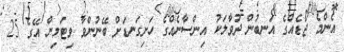
އެންމެ ޖޯޑެއްގެ އަނބުން ދުވާލަކު އިންސާނެއްގެ ހަށިގަނޑަށް ބޭނުންވާ ވިޓަމިން އޭގެ 25